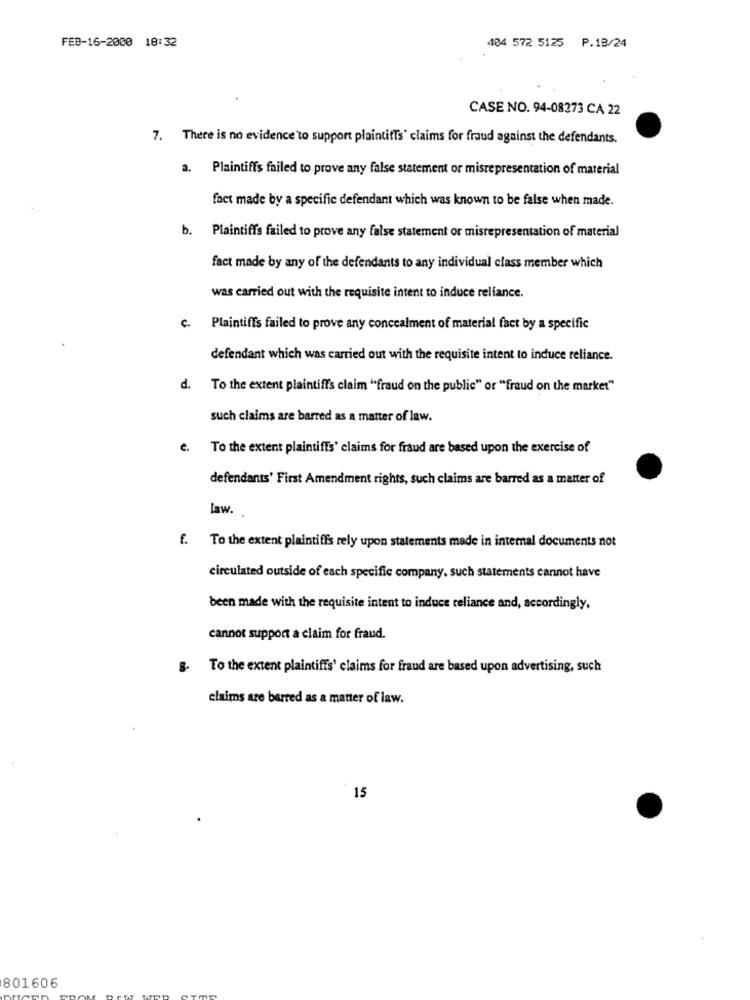
FEB-16-2000 18:32
404 572 5125 P.18/24
CASE NO. 94-08273 CA 22
7. There is no evidence to support plaintiffs' claims for fraud against the defendants.
a. Plaintiffs failed to prove any false statement or misrepresentation of material
fact made by a specific defendant which was known to be false when made.
b. Plaintiffs failed to prove any false statement or misrepresentation of material
fact made by any of the defendants to any individual class member which
was carried out with the requisite intent to induce reliance.
c. Plaintiffs failed to prove any concealment of material fact by a specific
defendant which was carried out with the requisite intent to induce reliance.
d. To the extent plaintiff's claim "fraud on the public" or "fraud on the market"
such claims are barred as a matter of law.
e. To the extent plaintiffs' claims for fraud are based upon the exercise of
defendants' First Amendment rights, such claims are barred as a matter of
law.
f. To the extent plaintiffs rely upon statements made in intemal documents not
circulated outside of each specific company, such statements cannot have
been made with the requisite intent to induce reliance and, accordingly,
cannot support a claim for fraud.
To the extent plaintiffs' claims for fraud are based upon advertising, such
claims are barred as a matter of law.
15
801606